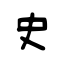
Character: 史